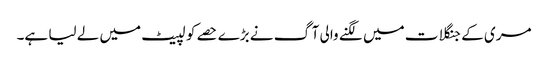
مری کے جنگلات میں لگنے والی آگ نے بڑے حصے کو لپیٹ میں لے لیا ہے۔